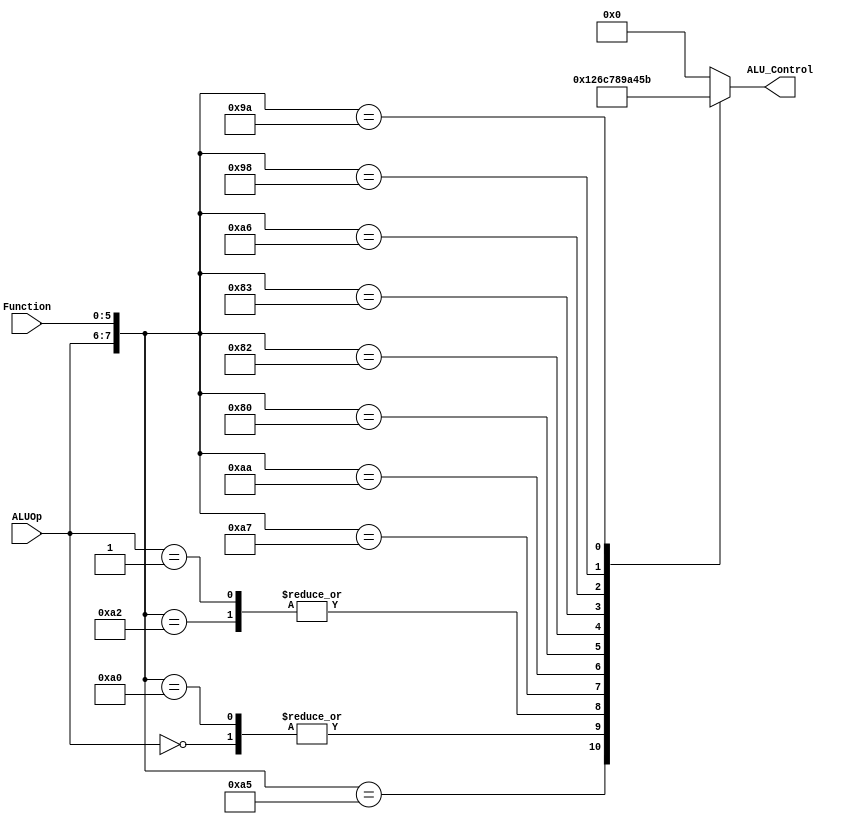
`timescale 1ns / 1ps


module ALUControl(
    input [1:0] ALUOp, 
    input [5:0] Function,
    output reg[3:0] ALU_Control);  

wire [7:0] ALUControlIn;  
 assign ALUControlIn = {ALUOp,Function};  
 always @(ALUControlIn)  
 casex (ALUControlIn)  
    8'b10100100: ALU_Control=4'b0000; //and
    8'b11xxxxxx: ALU_Control=4'b0000; //andi 
    8'b10100101: ALU_Control=4'b0001; //or  
    8'b00xxxxxx: ALU_Control=4'b0010; //addi, sw, lw
    8'b10100000: ALU_Control=4'b0010; //add
    8'b10100010: ALU_Control=4'b0110; //sub
  
  // Complete the casex from your code in Lab2
    8'b01xxxxxx: ALU_Control=4'b0110; // beq
    8'b10100111: ALU_Control=4'b1100; // nor
    8'b10101010: ALU_Control=4'b0111; // slt
    8'b10000000: ALU_Control=4'b1000; // sll
    8'b10000010: ALU_Control=4'b1001; // srl
    8'b10000011: ALU_Control=4'b1010; // sra
    8'b10100110: ALU_Control=4'b0100; // xor
    8'b10011000: ALU_Control=4'b0101; // mult
    8'b10011010: ALU_Control=4'b1011; // div   

  default: ALU_Control=4'b0000;  
  endcase  
 endmodule